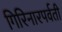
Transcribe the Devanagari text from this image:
गिरिनारपर्वती